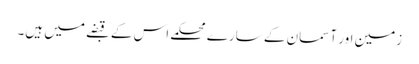
زمین اور آسمان کے سارے محکمے اس کے قبضے میں ہیں۔